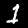
Digit: 1